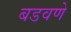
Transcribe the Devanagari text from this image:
बडवणे